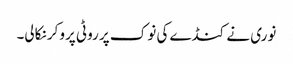
نوری نے کنڈے کی نوک پر روٹی پروکر نکالی۔